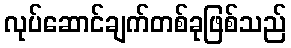
လုပ်ဆောင်ချက်တစ်ခုဖြစ်သည်